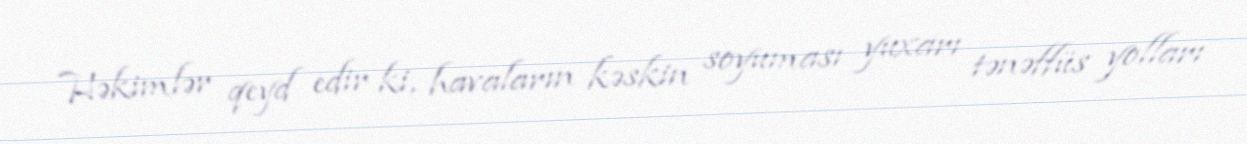
Həkimlər qeyd edir ki, havaların kəskin soyuması yuxarı tənəffüs yolları